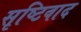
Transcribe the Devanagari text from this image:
सृष्टिवाद